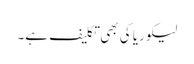
لیکوریا کی بھی تکلیف ہے۔